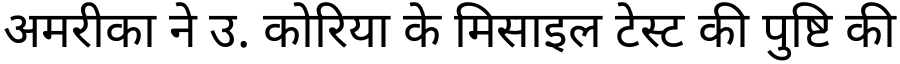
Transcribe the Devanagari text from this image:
अमरीका ने उ. कोरिया के मिसाइल टेस्ट की पुष्टि की